Lunatic asylums Bombay report 1878-1890 - 1878-1890
Year: 1878
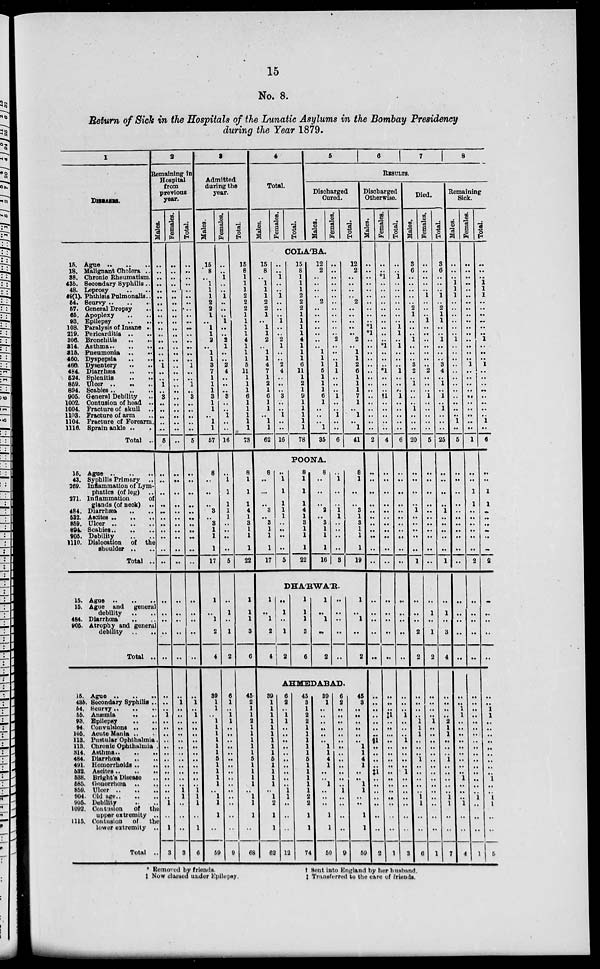
15
No. 8.
Return of Sick in the Hospitals of the Lunatic Asylums in the Bombay Presidency
during the Year 1879.
1
DISEASES.
15. Ague .. .. ..
18. Malignant Cholera ..
38. Chronic Rheumatism.
43b. Secondary Syphilis ..
48. Leprosy .. ..
49(1). Phthisis Pulmonalis..
54. Scurvy .. .. ..
57. General Dropsy ..
65. Apoplexy .. ..
93. Epilepsy
..
..
108. Paralysis of Insane ..
219. Pericarditis ..
306. Bronchitis
..
..
314. Asthma .. .. ..
315. Pneumonia .. ..
460. Dyspepsia .. ..
466. Dysentery .. ..
484. Diarrhæa .. ..
524. Splenitis .. ..
859. Ulcer .. .. ..
894. Scabies .. .. ..
905. General Debility ..
1002. Contusion of head ..
1004. Fracture of skull ..
1103. Fracture of arm ..
1104. Fracture of Forearm.
1116. Sprain ankle .. .
Total ..
15. Ague .. .. ..
43. Syphilis Primary ..
269. Inflammation of Lym-
phatics (of leg) ..
271. Inflammation
of
glands (of neck) ..
484. Diarrhæa .. ..
532. Ascites .. .. ..
859. Ucler .. .. ..
894. Scabies .. .. ..
905. Debility .. ..
1110. Dislocation of the
shoulder .. ..
Total ..
16. Ague .. .. ..
15. Ague and general
debility .. ..
484. Diarrhœa .. ..
905. Atrophy and general
debility .. ..
Total ..
15. Ague .. .. ..
43b. Secondary Syphilis
54. Scurvy .. .. ..
55. Anæmia .. ..
93. Epilepsy .. ..
94. Convulsions .. ..
105. Acute Mania .. ..
113. Pustular Ophthalmia .
113. Chronic Ophthalmia .
314. Asthma.. .. ..
484. Diarrhœa .. ..
491. Homorrholds .. ..
532. Ascites.. .. ..
538. Bright's Disease ..
585. Gonorrhœa .. ..
859. Ulcer .. .. ..
904. Old age.. .. ..
905. Debility .. ..
1092. Contusion of the
upper extremity ..
1115. Contusion
of the
lower extremity ..
Total ..
2
Remaining in
Hospital
from
previous
year.
Males.
..
..
..
..
..
..
..
..
..
..
..
..
..
..
..
..
1
..
..
1
..
3
..
..
..
..
..
5
..
..
..
..
..
..
..
..
..
..
..
..
..
..
..
..
..
..
..
1
..
..
..
..
..
..
..
..
..
..
..
..
..
1
..
1
3
Females.
..
..
..
..
..
..
..
..
..
..
..
..
..
..
..
..
..
..
..
..
..
..
..
..
..
..
..
..
..
..
..
..
..
..
..
..
..
..
..
..
..
..
..
..
1
..
..
..
..
..
..
..
..
..
..
..
..
..
1
1
..
..
..
3
Total.
..
..
..
..
..
..
..
..
..
..
..
..
..
..
..
..
1
..
..
1
..
3
..
..
..
..
..
5
..
..
..
..
..
..
..
..
..
..
..
..
..
..
..
..
..
1
..
1
..
..
..
..
..
..
..
..
..
..
..
1
1
1
..
1
6
3
Admitted
during the
year.
Males.
15
8
..
1
1
1
2
2
1
..
1
1
2
..
1
1
3
7
1
1
1
3
1
1
..
1
1
57
8
..
..
..
3
.. 3
1
1
1
17
1
..
1
2
4
39
1
1
..
1
1
1
1
1
1
5
1
1
1
1
..
1
1
1
..
59
Females.
..
..
1
..
..
1
..
..
..
1
..
..
2
1
..
..
2
4
..
..
..
3
..
..
1
..
..
16
..
1
1
1
1
1
..
..
..
..
5
..
1
..
1
2
6
1
..
1
1
..
..
..
..
..
..
..
.. ..
..
..
..
..
..
..
9
Total.
15
8
1
1
1
2
2
2
1
1
1
1
4
1
1
1
5
11
1
1
1
6
1
1
1
1
1
73
8
1
1
1
4
1
3
1
1
1
22
1
1
1
3
6
45
2
1
1
2
1
1
1
1
1
5
1
1
1
1
..
1
1
1
..
68
4
Total.
Males.
Females.
Total.
5
6
7
8
RESULTS.
Discharged
Cured.
Males.
Females.
Total.
COLA'BA.
15
8
..
1
1
1
2
2
1
..
1
1
2
..
1
1
4
7
1
2
1
6
1
1
..
1
1
62
..
..
1
..
..
1
..
..
..
1
..
..
2
1
..
..
2
4
..
..
..
3
..
..
1
..
..
16
15
8
1
1
1
2
2
2
1
1
1
1
4
1
1
1
6
11
1
2
1
9
1
1
1
1
1
78
12
2
..
..
..
..
2
..
..
..
..
..
..
..
1
1
1
5
1
1
1
6
1
..
..
..
1
35
..
..
..
..
..
..
..
..
..
..
..
..
2
..
..
..
1
1
..
..
..
1
..
..
1
..
..
6
12
2
..
..
..
..
2
..
..
..
..
..
2
..
1
1
1
6 1
1
1
7
1
..
1
..
1
41
POONA.
8
..
...
..
3
.. 3
1
1
1
17
..
1
1
1
1
1
..
..
..
..
5
8
1
1
1
4
1
3
1
1
1
22
8
..
..
..
2
.. 3
1
1
1
16
..
1
..
..
1
1
..
..
..
..
3
8
1
..
..
3
1
3
1
1
1
19
DHA'RWA'R.
1
..
1
2
4
..
1
..
1
2
1
1
1
3
6
1
..
1
..
2
..
..
..
..
..
1
..
1
..
2
AHMEDABAD.
39
1
1
1
1
1
1
1
1
1
5
1
1
1
1
..
1
2
1
1
62
6
2
..
1
1
..
..
..
..
..
..
..
..
..
..
1
1
..
..
..
12
45
3
1
2
2
1
1
1
1
1
5
1
1
1
1
1
2
2
1
1
74
39
1
..
..
..
..
..
..
1
1
4
1
..
..
1
..
..
..
1
1
50
6
2
..
..
..
..
..
..
..
..
..
..
..
..
..
1
..
..
..
..
9
45
3
..
..
..
..
..
..
1
1
4
1
..
..
1
1
..
..
1
1
59
Discharged
Otherwise.
Males.
..
..
..
..
..
..
..
..
..
..
*1
*1
..
..
..
..
..
..
..
..
..
..
..
..
..
..
..
2
..
..
..
..
..
..
..
..
..
..
..
..
..
..
..
..
..
..
..
..
..
..
..
§1
..
..
..
..
‡1
..
..
..
..
..
..
..
2
Females.
..
..
*1
..
..
..
..
..
..
..
..
..
..
*1
..
..
..
*1
..
..
..
†1
..
..
..
..
..
4
..
..
..
..
..
..
..
..
..
..
..
..
..
..
..
..
..
..
..
‡1
..
..
..
..
..
..
..
..
..
..
..
..
..
..
..
..
1
Total.
..
..
1
..
..
..
..
..
..
..
1
1
..
1
..
..
..
1
..
..
..
1
..
..
..
..
..
6
..
..
..
..
..
..
..
..
..
..
..
..
..
..
..
..
..
..
..
1
..
..
..
1
..
..
..
..
1
..
..
..
..
..
..
..
3
Died.
Males.
3
6
..
..
..
..
..
2
1
..
..
..
1
..
..
..
3
2
..
1
..
..
..
1
..
..
..
20
..
..
..
..
1
..
..
..
..
..
1
..
..
..
2
2
..
..
..
..
1
1
1
..
..
..
1
..
..
..
..
..
1
1
..
..
6
Females.
..
..
..
..
..
1
..
..
..
1
..
..
..
..
..
..
..
2
..
..
..
1
..
..
..
..
..
5
..
..
..
..
..
..
..
..
..
..
..
..
1
..
1
2
..
..
..
..
1
..
..
..
..
..
..
..
..
..
..
..
..
..
..
..
1
Total.
3
6
..
..
..
1
..
2
1
1
..
..
1
..
..
..
3
4
..
1
..
1
..
1
..
..
..
25
..
..
..
..
1
..
..
..
..
..
1
..
1
..
3
4
..
..
..
..
2
1
1
..
..
..
1
..
..
..
..
..
1
1
..
..
7
Remaining
Sick.
Males.
..
..
..
1
1
1
..
..
..
..
..
..
1
..
..
..
..
..
..
..
..
..
..
..
..
1
..
5
..
..
..
..
..
..
..
..
..
..
..
..
..
..
..
..
..
..
1
1
..
..
..
..
..
..
..
..
..
1
..
..
..
1
..
..
4
Females.
..
..
..
..
..
..
..
..
..
..
..
..
..
..
..
..
1
..
..
..
..
..
..
..
..
..
..
1
..
..
1
1
..
..
..
..
..
..
2
..
..
..
..
..
..
..
..
..
..
..
..
..
..
..
..
..
..
..
..
..
1
..
..
..
1
Total.
..
..
..
1
1
1
..
..
..
..
..
..
1
..
..
..
1
..
..
..
..
..
..
..
..
1
..
6
..
..
1
1
..
..
..
..
..
..
2
..
..
..
..
..
..
..
1
1
..
..
..
..
..
..
..
..
..
1
..
..
1
1
..
..
5
* Removed by friends.
†
Sent into England by her husband.
‡ Now classed under Epilepsy.
‡
Transferred to the care of friends.